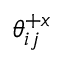
\mathcal { \theta } _ { i j } ^ { + x }